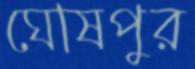
ঘোষপুর